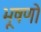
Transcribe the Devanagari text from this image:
भूषणो